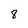
Character: 8